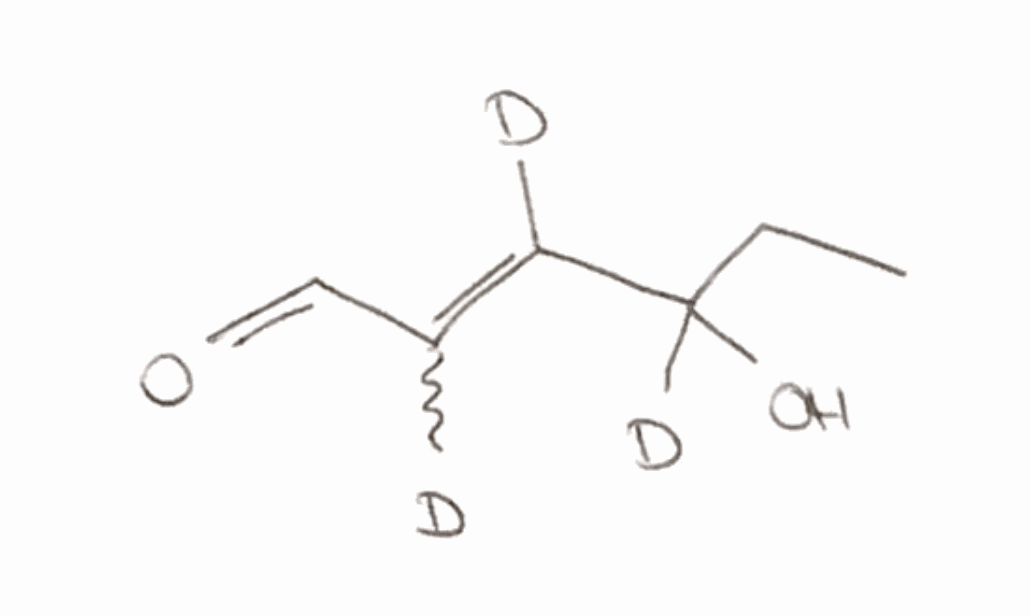
Simplified molecular-input line-entry system (SMILES) notation of the given molecule:
[2H]C(=C([2H])C([2H])(CC)O)C=O